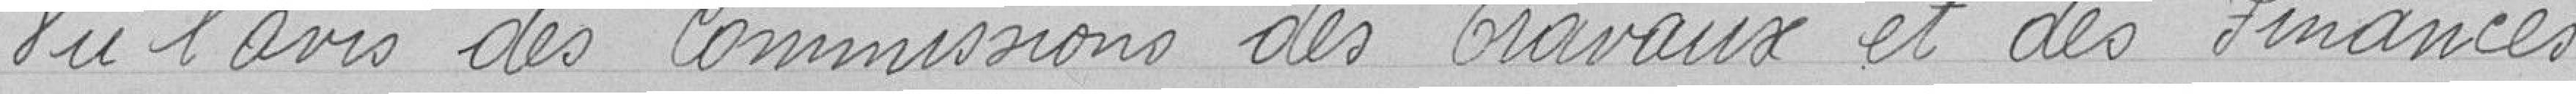
Vu l'avis des commissions des Travaux et des Finances